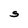
Character: S